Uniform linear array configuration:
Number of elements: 4
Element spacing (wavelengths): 0.5
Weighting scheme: binomial
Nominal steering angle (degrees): -45
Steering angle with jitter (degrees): -44.24
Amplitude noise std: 0.05
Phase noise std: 0.05

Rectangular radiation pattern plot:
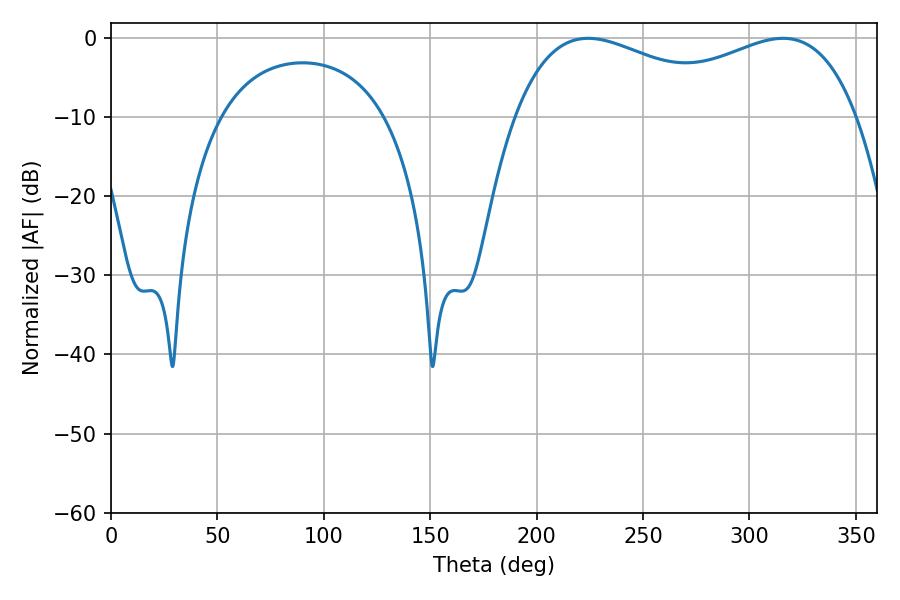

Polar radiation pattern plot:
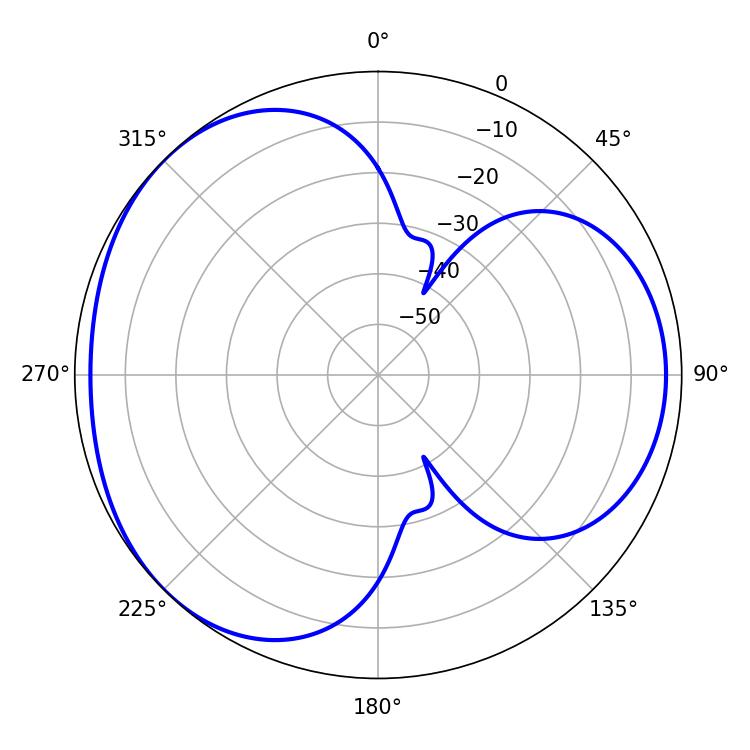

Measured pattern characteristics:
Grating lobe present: FALSE
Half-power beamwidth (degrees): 61.38
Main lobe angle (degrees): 224.28